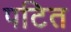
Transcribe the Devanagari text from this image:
पटित